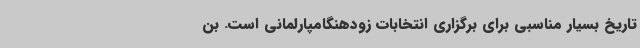
تاریخ بسیار مناسبی برای برگزاری انتخابات زودهنگامپارلمانی است. بن